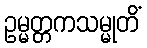
ဥမ္မတ္တကသမ္မုတိံ